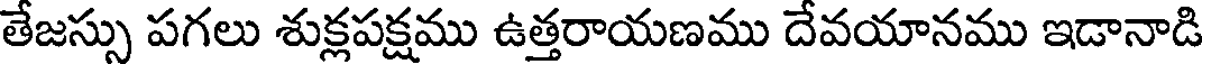
తేజస్సు పగలు శుక్లపక్షము ఉత్తరాయణము దేవయానము ఇడానాడి